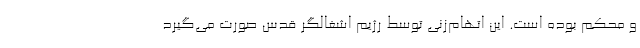
و محکم بوده است. این اتهام‌زنی توسط رژیم اشغالگر قدس صورت می‌گیرد